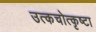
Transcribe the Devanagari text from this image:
उत्कचोत्कृष्टा